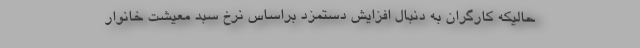
حالیکه کارگران به دنبال افزایش دستمزد براساس نرخ سبد معیشت خانوار